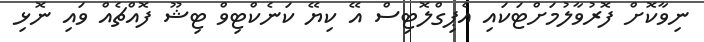
ނިވާކޮށް ފޮރުވާލުމަށްޓަކައި އެޕިގްލޮޓިސް އޭ ކިޔޭ ކަނެކްޓިވް ޓިޝޫ ފޮއްޗެއް ވައި ނޮޅި